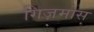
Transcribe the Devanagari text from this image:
गिज़मोस